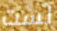
لست